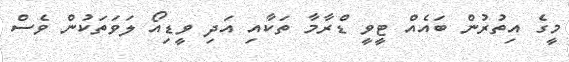
މީގެ އިތުރުން ބައެއް ޓީވީ ޑްރާމާ ތަކާއި އަދި ވީޑިއޯ ލަވަތަކުން ވެސް